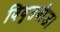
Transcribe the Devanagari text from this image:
विवृतबीज।